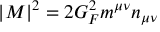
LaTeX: \left| M \right| ^ { 2 } = 2 G _ { F } ^ { 2 } m ^ { \mu \nu } n _ { \mu \nu }